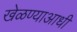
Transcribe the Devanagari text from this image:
खेळण्याआधी